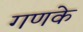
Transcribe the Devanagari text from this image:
गणके